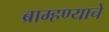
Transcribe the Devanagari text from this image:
ब्राम्हण्याचे